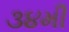
૩૪મી